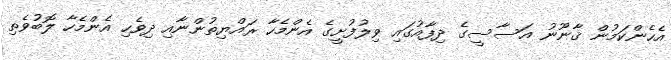
އެހެންކަމުން ޤާނޫނު އަސާސީގެ ދިފާއުގައި ވިލުފުށީގެ އެންމެހާ ރައްޔިތުންނާއި ދިވެހި އެންމެހާ ލޮބުވެތި